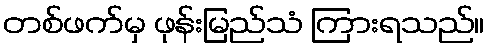
တစ်ဖက်မှ ဖုန်းမြည်သံ ကြားရသည်။